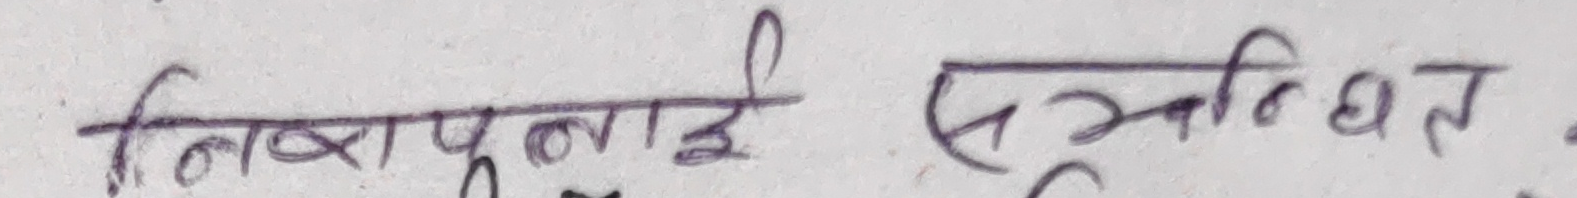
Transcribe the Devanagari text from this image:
निक्षेपलाई सुरक्षित